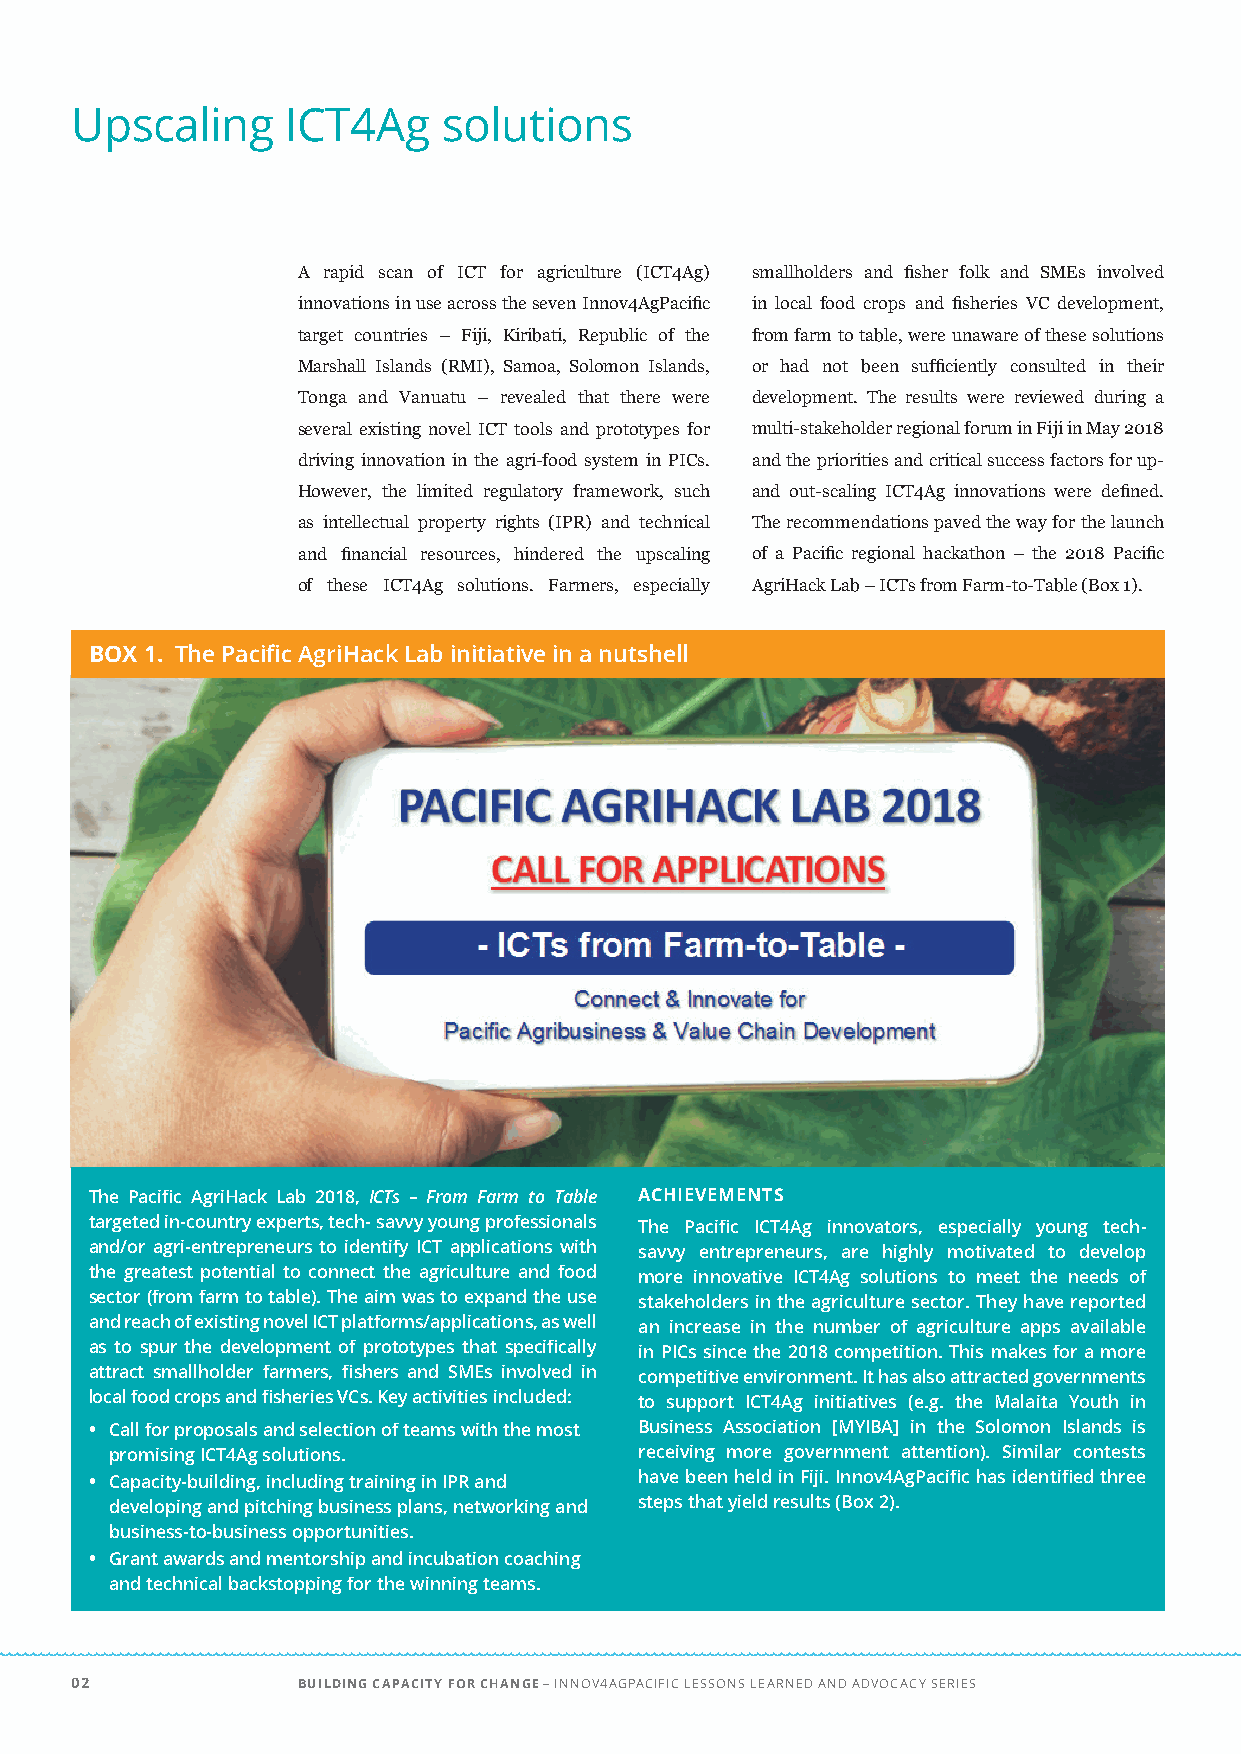
Upscaling     ICT4Ag    solutions
 A rapid scan of ICT for agriculture (ICT4Ag) smallholders and fisher folk and SMEs involved
 innovations in use across the seven Innov4AgPacific in local food crops and fisheries VC development,
 target countries – Fiji, Kiribati, Republic of the from farm to table, were unaware of these solutions
 Marshall Islands (RMI), Samoa, Solomon Islands, or had not been sufficiently consulted in their
 Tonga and Vanuatu – revealed that there were development. The results were reviewed during a
 several existing novel ICT tools and prototypes for multi-stakeholder regional forum in Fiji in May 2018
 driving innovation in the agri-food system in PICs. and the priorities and critical success factors for up-
 However, the limited regulatory framework, such and out-scaling ICT4Ag innovations were defined.
 as intellectual property rights (IPR) and technical The recommendations paved the way for the launch
 and financial resources, hindered the upscaling of a Pacific regional hackathon – the 2018 Pacific
 of these ICT4Ag solutions. Farmers, especially AgriHack Lab – ICTs from Farm-to-Table (Box 1).
 BOX 1. The Pacific AgriHack Lab initiative in a nutshell
 The Pacific AgriHack Lab 2018, ICTs – From Farm to Table ACHIEVEMENTS
 targeted in-country experts, tech- savvy young professionals The Pacific ICT4Ag innovators, especially young tech-
 and/or agri-entrepreneurs to identify ICT applications with savvy entrepreneurs, are highly motivated to develop
 the greatest potential to connect the agriculture and food more innovative ICT4Ag solutions to meet the needs of
 sector (from farm to table). The aim was to expand the use stakeholders in the agriculture sector. They have reported
 and reach of existing novel ICT platforms/applications, as well an increase in the number of agriculture apps available
 as to spur the development of prototypes that specifically in PICs since the 2018 competition. This makes for a more
 attract smallholder farmers, fishers and SMEs involved in competitive environment. It has also attracted governments
 local food crops and fisheries VCs. Key activities included: to support ICT4Ag initiatives (e.g. the Malaita Youth in
 • Call for proposals and selection of teams with the most Business Association [MYIBA] in the Solomon Islands is
 promising ICT4Ag solutions.        receiving more government attention). Similar contests
 • Capacity-building, including training in IPR and have been held in Fiji. Innov4AgPacific has identified three
 developing and pitching business plans, networking and steps that yield results (Box 2).
 business-to-business opportunities.
 • Grant awards and mentorship and incubation coaching
 and technical backstopping for the winning teams.
 02             BUILDING CAPACITY FOR CHANGE – INNOV4AGPACIFIC LESSONS LEARNED AND ADVOCACY SERIES